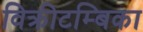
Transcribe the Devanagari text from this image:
विक्रीटम्बिका